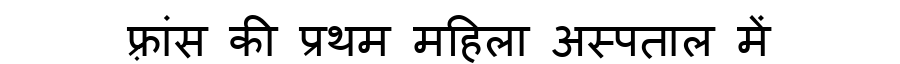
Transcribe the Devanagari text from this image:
फ़्रांस की प्रथम महिला अस्पताल में